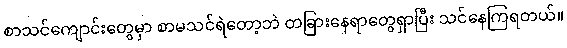
စာသင်ကျောင်းတွေမှာ စာမသင်ရဲတော့ဘဲ တခြားနေရာတွေရှာပြီး သင်နေကြရတယ်။